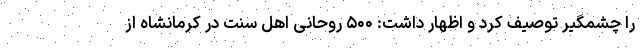
را چشمگیر توصیف کرد و اظهار داشت: ۵۰۰ روحانی اهل سنت در کرمانشاه از